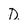
Character: D